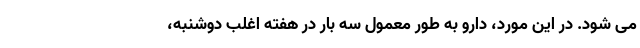
می شود. در این مورد، دارو به طور معمول سه بار در هفته اغلب دوشنبه،